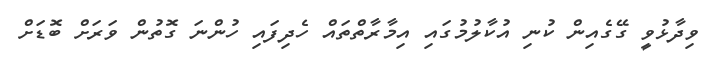
ވިދާޅުވީ ގޭގެއިން ކުނި އުކާލުމުގައި އިމާރާތްތައް ހެދިފައި ހުންނަ ގޮތުން ވަރަށް ބޮޑަށް